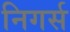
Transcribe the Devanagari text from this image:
निगर्स